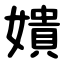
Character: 嬇